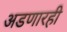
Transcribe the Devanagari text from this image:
अडणारही